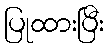
ပြုထားပြီး